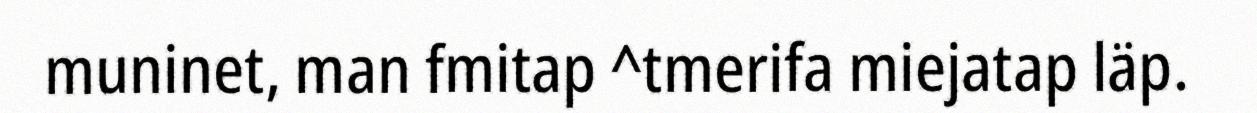
muninet, man fmitap ^tmerifa miejatap läp.